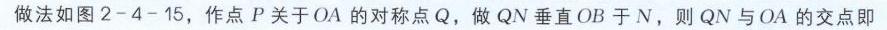
做法如图2 - 4 - 15，作点\(P\)关于\(OA\)的对称点\(Q\)，做\(QN\)垂直\(OB\)于\(N\)，则\(QN\)与\(OA\)的交点即